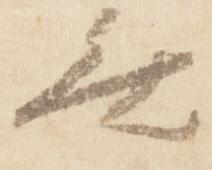
無